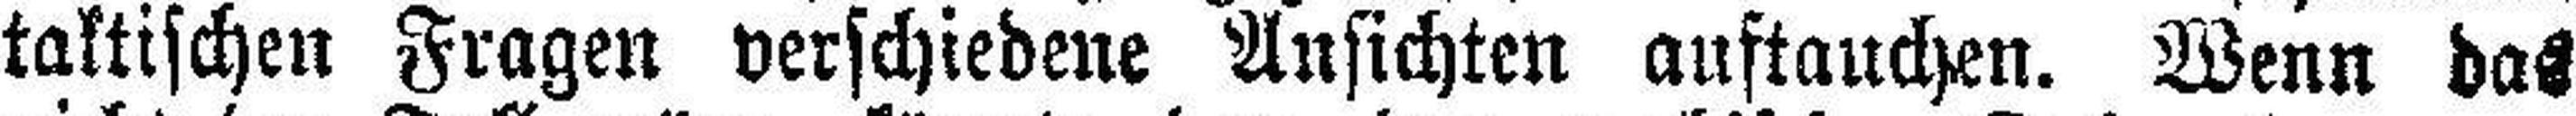
taktischen Fragen verschiedene Ansichten auftauchen. Wenn das